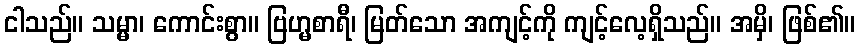
ငါသည်။ သမ္မာ၊ ကောင်းစွာ။ ဗြဟ္မစာရီ၊ မြတ်သော အကျင့်ကို ကျင့်လေ့ရှိသည်။ အမှိ၊ ဖြစ်၏။